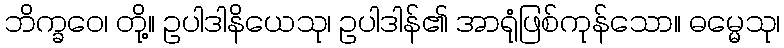
ဘိက္ခဝေ၊ တို့။ ဥပါဒါနိယေသု၊ ဥပါဒါန်၏ အာရုံဖြစ်ကုန်သော။ ဓမ္မေသု၊